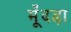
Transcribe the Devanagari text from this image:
मूँदड़ा